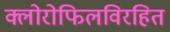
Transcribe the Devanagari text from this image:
क्लोरोफिलविरहित